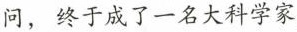
问，终于成了一名大科学家。